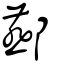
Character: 酀